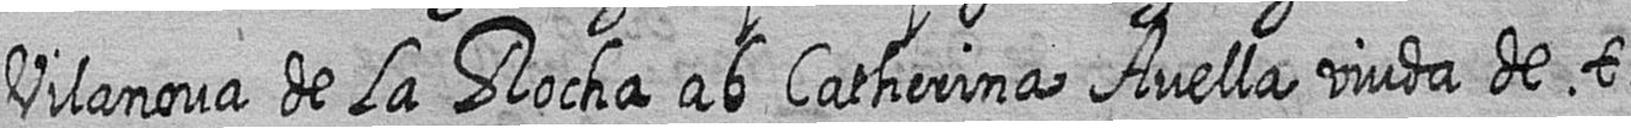
Vilanova de La Rocha ab Catherina Avella viuda de t